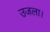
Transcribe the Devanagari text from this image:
उजला।